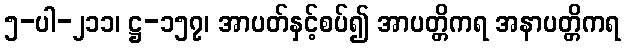
၅-ပါ-၂၁၁၊ ဋ္ဌ-၁၅၇၊ အာပတ်နှင့်စပ်၍ အာပတ္တိကရ အနာပတ္တိကရ